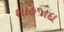
શાહજાદા